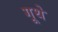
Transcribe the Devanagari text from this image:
गूथे